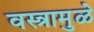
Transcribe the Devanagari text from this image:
वस्त्रामुळे